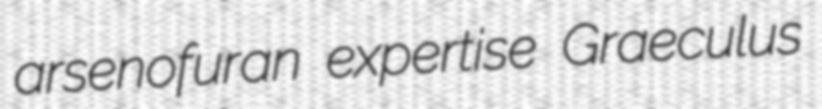
arsenofuran expertise Graeculus